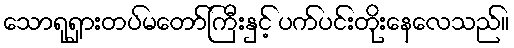
သောရုရှားတပ်မတော်ကြီးနှင့် ပက်ပင်းတိုးနေလေသည်။